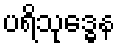
ပရိသုဒ္ဓေန